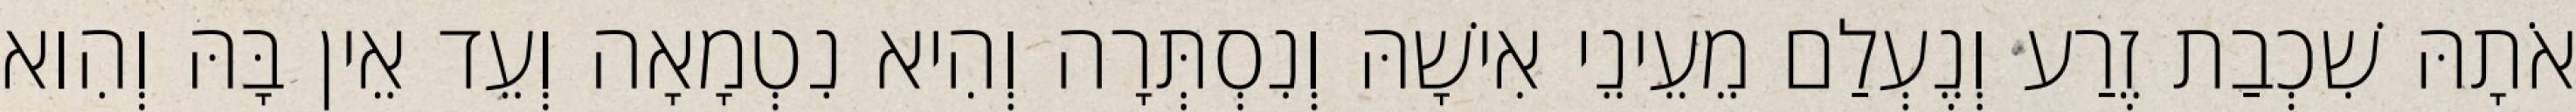
אֹתָהּ שִׁכְבַת זֶרַע וְנֶעְלַם מֵעֵינֵי אִישָׁהּ וְנִסְתְּרָה וְהִיא נִטְמָאָה וְעֵד אֵין בָּהּ וְהִוא